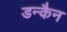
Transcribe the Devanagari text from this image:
डन्कैन